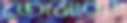
তোমারও